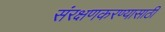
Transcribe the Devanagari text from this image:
संरक्षणकरण्यासाठी